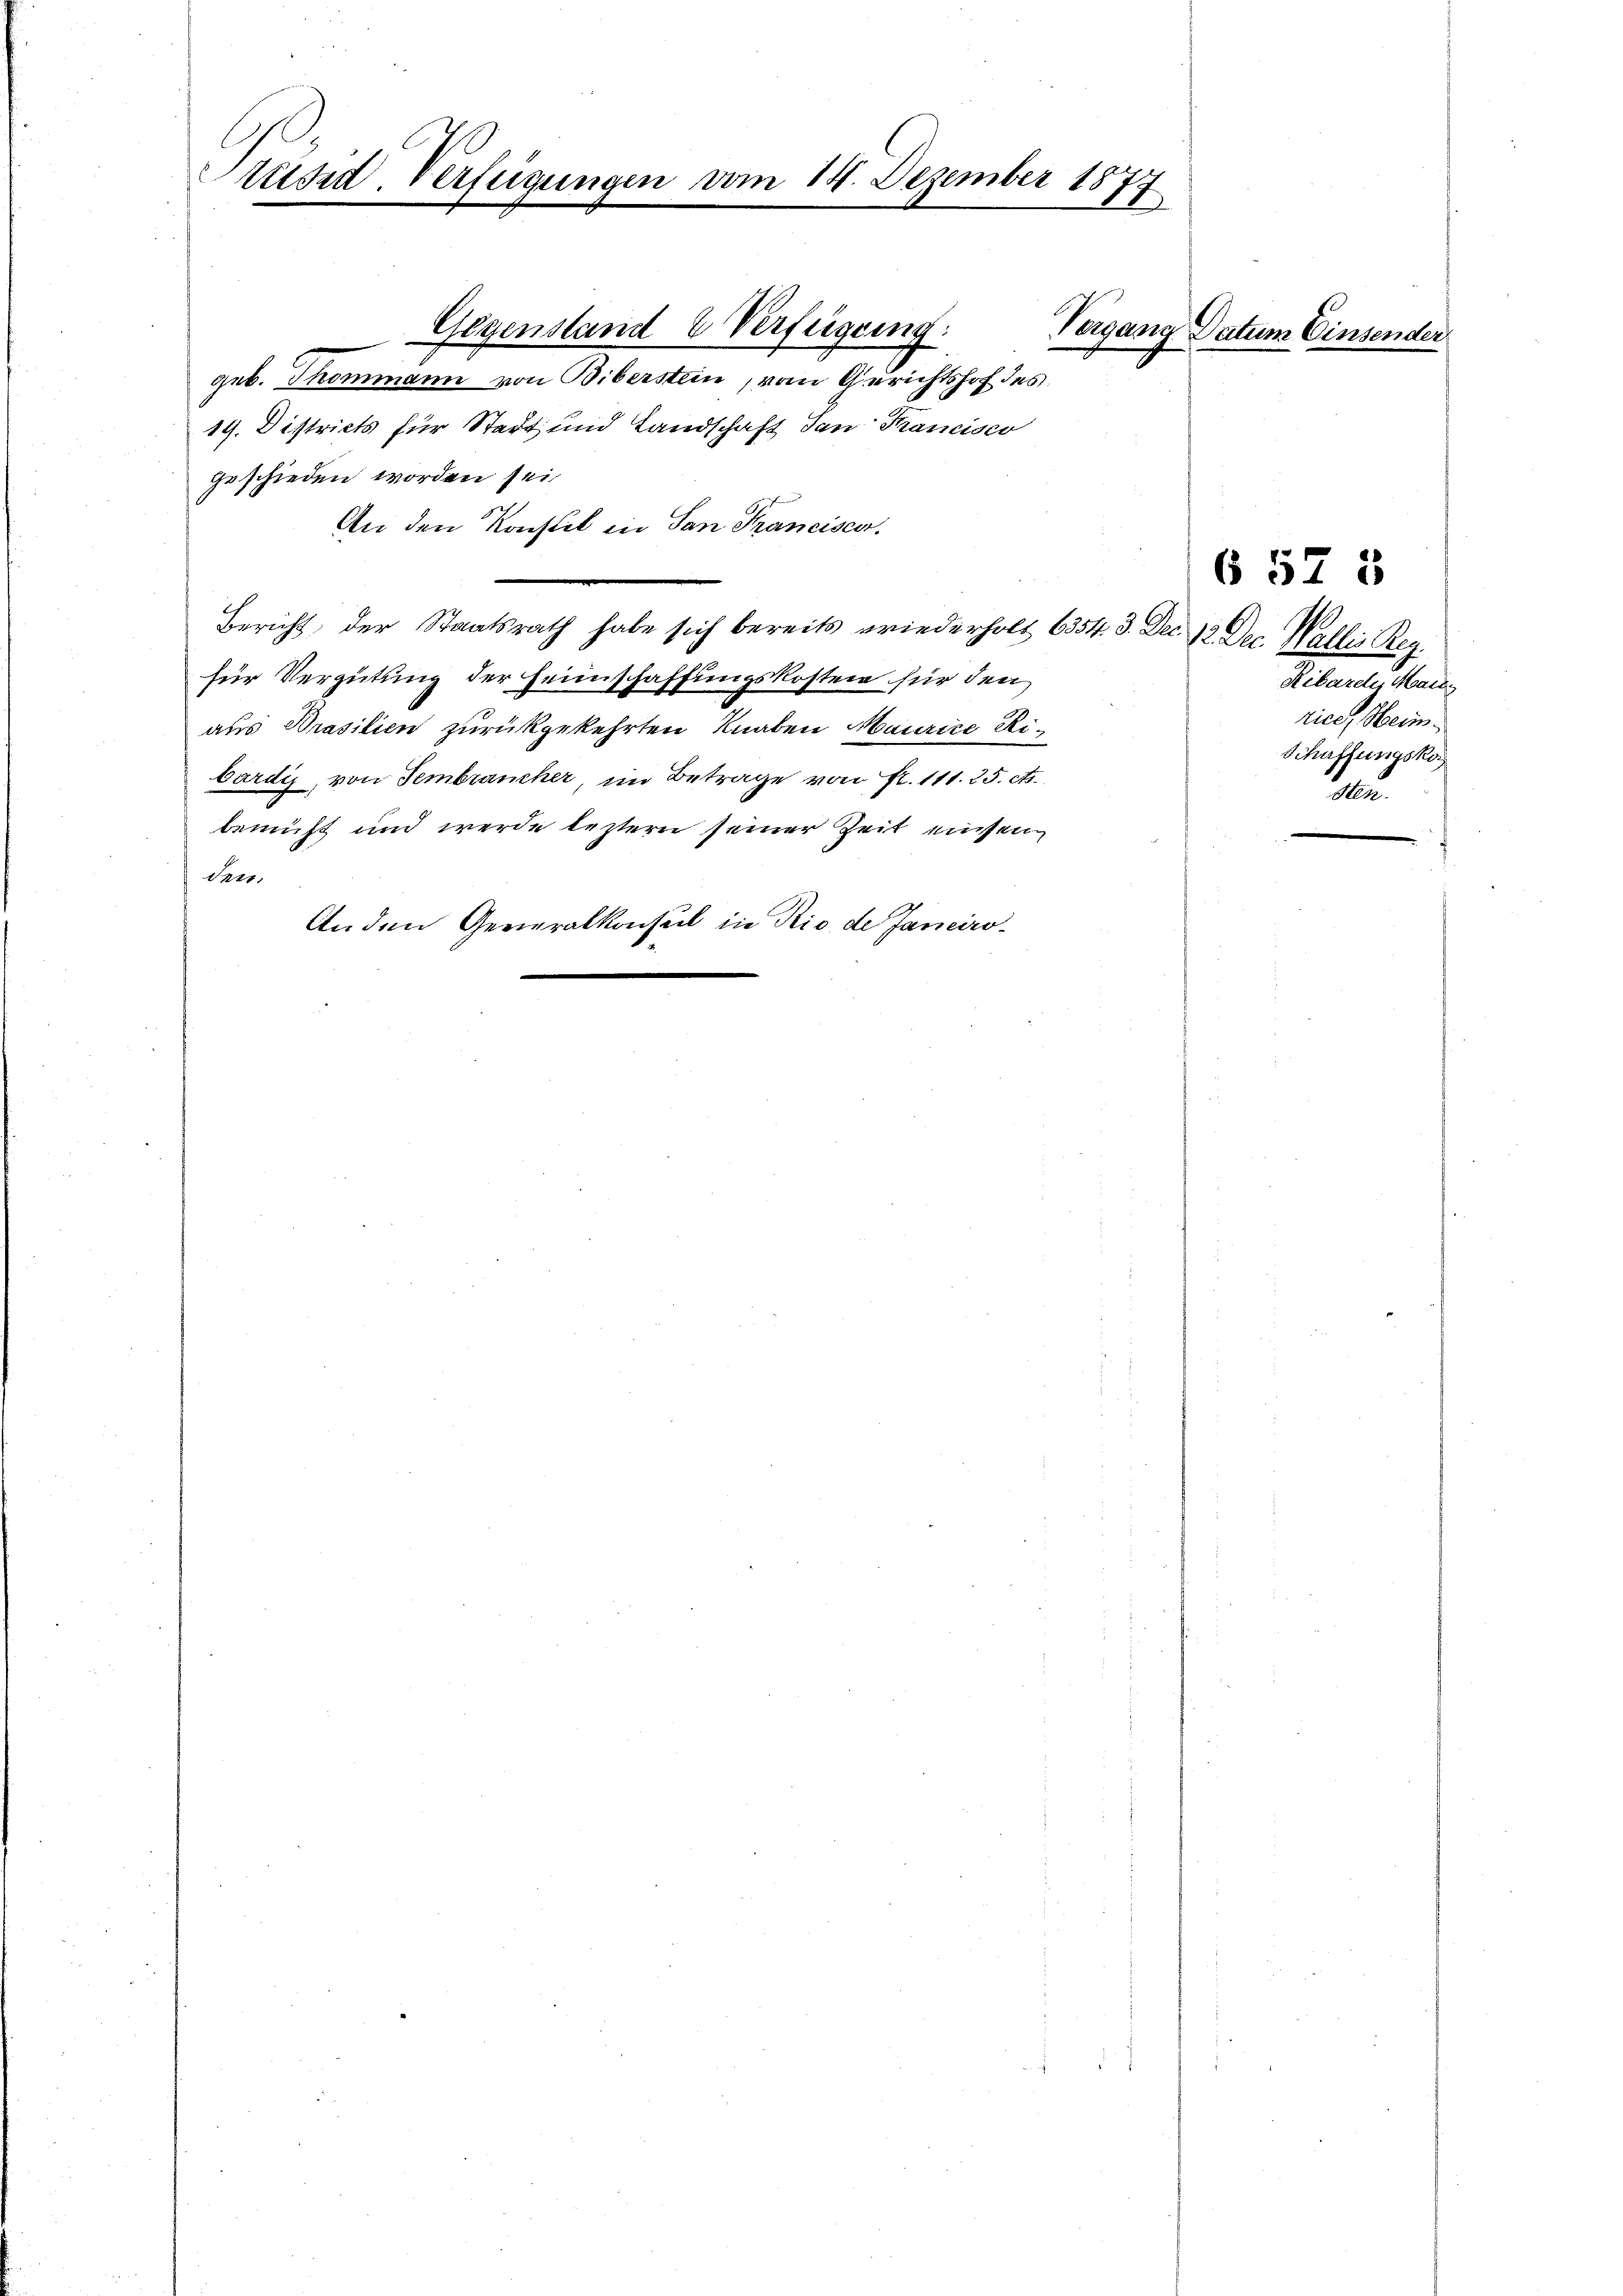
Präsid. Verfügungen vom 14. Dezember 187.
2

Gegenstand & Verfügung:
geb. Thommann von Biberstein, vom Gerichtshof des
19. Districts für Stadt und Landschaft dan Francisco
geschieden worden sei
An den Konstil in San Francisca.
Bericht, der Staatsrath habe sich bereits wiederholt 6354. 3. Dec. 12 Dec. Wallis Reg.
für Vergütung der Heimschaffungskosten für den
aus Prasilien zurückgekehrten Knaben Maurice Ribardig, von Fembrancher, im Betrage von fl. 111. 25. et.
bemüht und werde leztern seiner Zeit einsen
den.
Anden Generalkonsul in Rio de Janeiro-

Vergang Datum Einsender

657 5

Ribarel, Mainz
rice, Heim
Schaffungsko
.